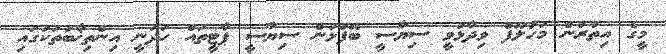
މީގެ އިތުރުން މަހުލޫފް ވިދާޅުވީ ސިޔާސީ ބޭފުޅުން ސިޔާސީ ޕާޓީތައް ހަދަނީ އިންތިޚާބުތަކުގައި